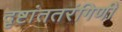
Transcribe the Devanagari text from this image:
दृष्टांततरंगिणी